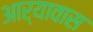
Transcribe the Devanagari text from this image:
आर्यावास